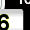
Digit: 3